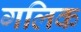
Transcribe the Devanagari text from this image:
गलिक